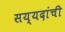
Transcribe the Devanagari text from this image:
सय्यदांची